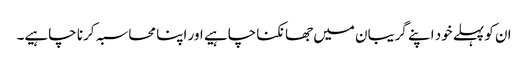
ان کو پہلے خود اپنے گریبان میں جھانکنا چاہیے اور اپنا محاسبہ کرنا چاہیے۔